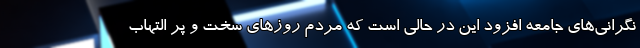
نگرانی‌های جامعه افزود این در حالی است که مردم روزهای سخت و پر التهاب